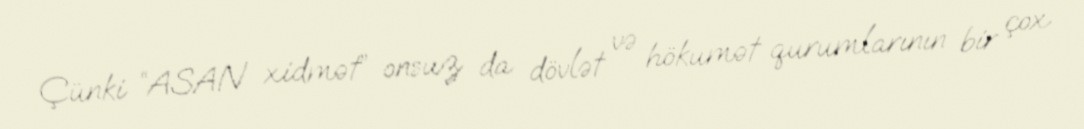
Çünki “ASAN xidmət” onsuz da dövlət və hökumət qurumlarının bir çox